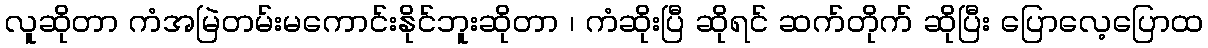
လူဆိုတာ ကံအမြဲတမ်းမကောင်းနိုင်ဘူးဆိုတာ ၊ ကံဆိုးပြီ ဆိုရင် ဆက်တိုက် ဆိုပြီး ပြောလေ့ပြောထ